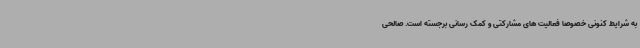
به شرایط کنونی خصوصا فعالیت های مشارکتی و کمک رسانی برجسته است. صالحی